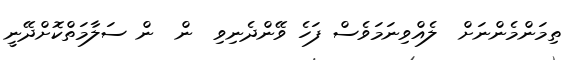
ތިމަންމެންނަށް  ލެއްވިނަމަވެސް ފަހެ ވޭންދެނިވި  ން  ން ސަލާމަތްކޮށްދޭނީ